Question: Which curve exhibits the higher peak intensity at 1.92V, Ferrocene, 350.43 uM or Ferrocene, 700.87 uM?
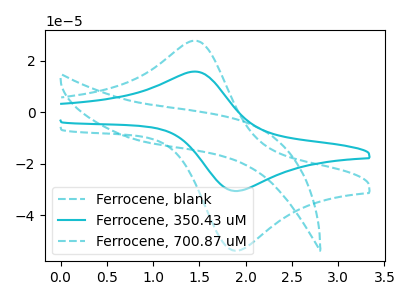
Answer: <think>The cyan dashed curve "Ferrocene, blank" has no peaks. The cyan curve "Ferrocene, 350.43 uM" has an anodic peak at (1.45V, 15.80uA) and a cathodic peak at (1.90V, -30.50uA). The cyan dashed curve "Ferrocene, 700.87 uM" has an anodic peak at (1.45V, 27.75uA) and a cathodic peak at (1.90V, -53.60uA).</think>
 <answer>The peak at 1.92V is lower in "Ferrocene, 350.43 uM" than in "Ferrocene, 700.87 uM".</answer>
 <eval>lower</eval>